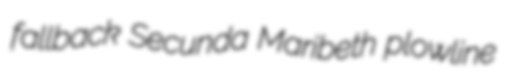
fallback Secunda Maribeth plowline